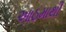
આઠમાથી